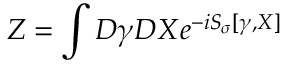
Z = \int { \cal D } \gamma { \cal D } X e ^ { - i { \cal S } _ { \sigma } [ \gamma , X ] }